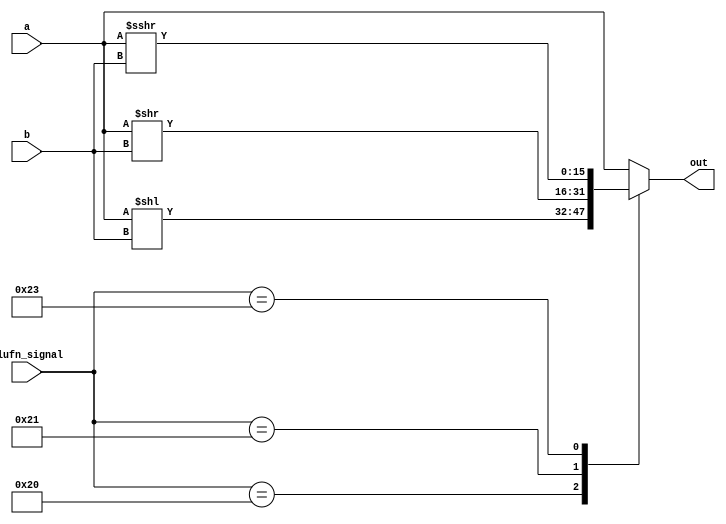
/*
   This file was generated automatically by Alchitry Labs version 1.2.1.
   Do not edit this file directly. Instead edit the original Lucid source.
   This is a temporary file and any changes made to it will be destroyed.
*/

module shifter_11 (
    input [15:0] a,
    input [3:0] b,
    input [5:0] alufn_signal,
    output reg [15:0] out
  );
  
  
  
  always @* begin
    
    case (alufn_signal)
      default: begin
        out = a;
      end
      6'h20: begin
        out = a << b;
      end
      6'h21: begin
        out = a >> b;
      end
      6'h23: begin
        out = $signed(a) >>> b;
      end
    endcase
  end
endmodule